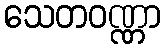
သေတဝဏ္ဏာ